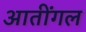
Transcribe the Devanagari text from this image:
आतींगल